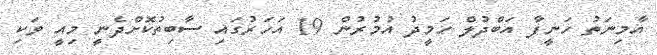
އާމިނަތު ހަނީފާ އަބްދުލް ހަމީދު އުމުރުން 19 އަހަރުގައި ސާބިތުކޮށްދެނީ މިއީ ވަކި